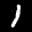
Label: 1